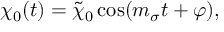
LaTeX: \chi _ { 0 } ( t ) = \tilde { \chi } _ { 0 } \cos ( m _ { \sigma } t + \varphi ) ,